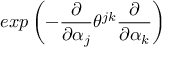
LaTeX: e x p \left( - \frac { \partial } { \partial \alpha _ { j } } \theta ^ { j k } \frac { \partial } { \partial \alpha _ { k } } \right)